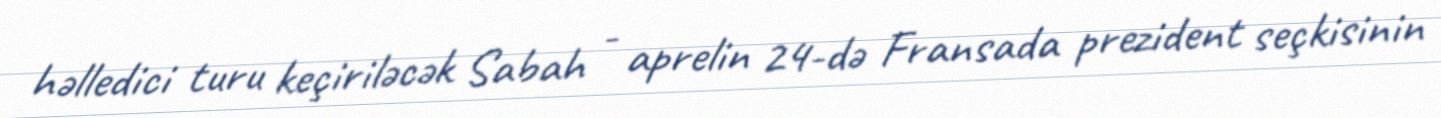
həlledici turu keçiriləcək Sabah - aprelin 24-də Fransada prezident seçkisinin